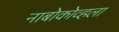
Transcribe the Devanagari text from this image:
नाबोकोव्हला